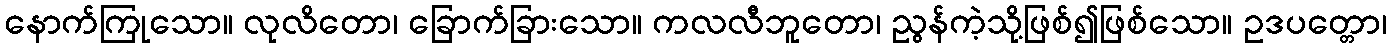
နောက်ကြုသော။ လုလိတော၊ ခြောက်ခြားသော။ ကလလီဘူတော၊ ညွန်ကဲ့သို့ဖြစ်၍ဖြစ်သော။ ဥဒပတ္တော၊